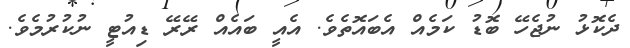
ދެކޮޅު ނުޖެހޭ ބޮޑު ކަމެއް އެބައޮތެވެ. އެއީ ބައެއް ރޭރޭ ޑިއުޓީ ނުކުރުމެވެ.